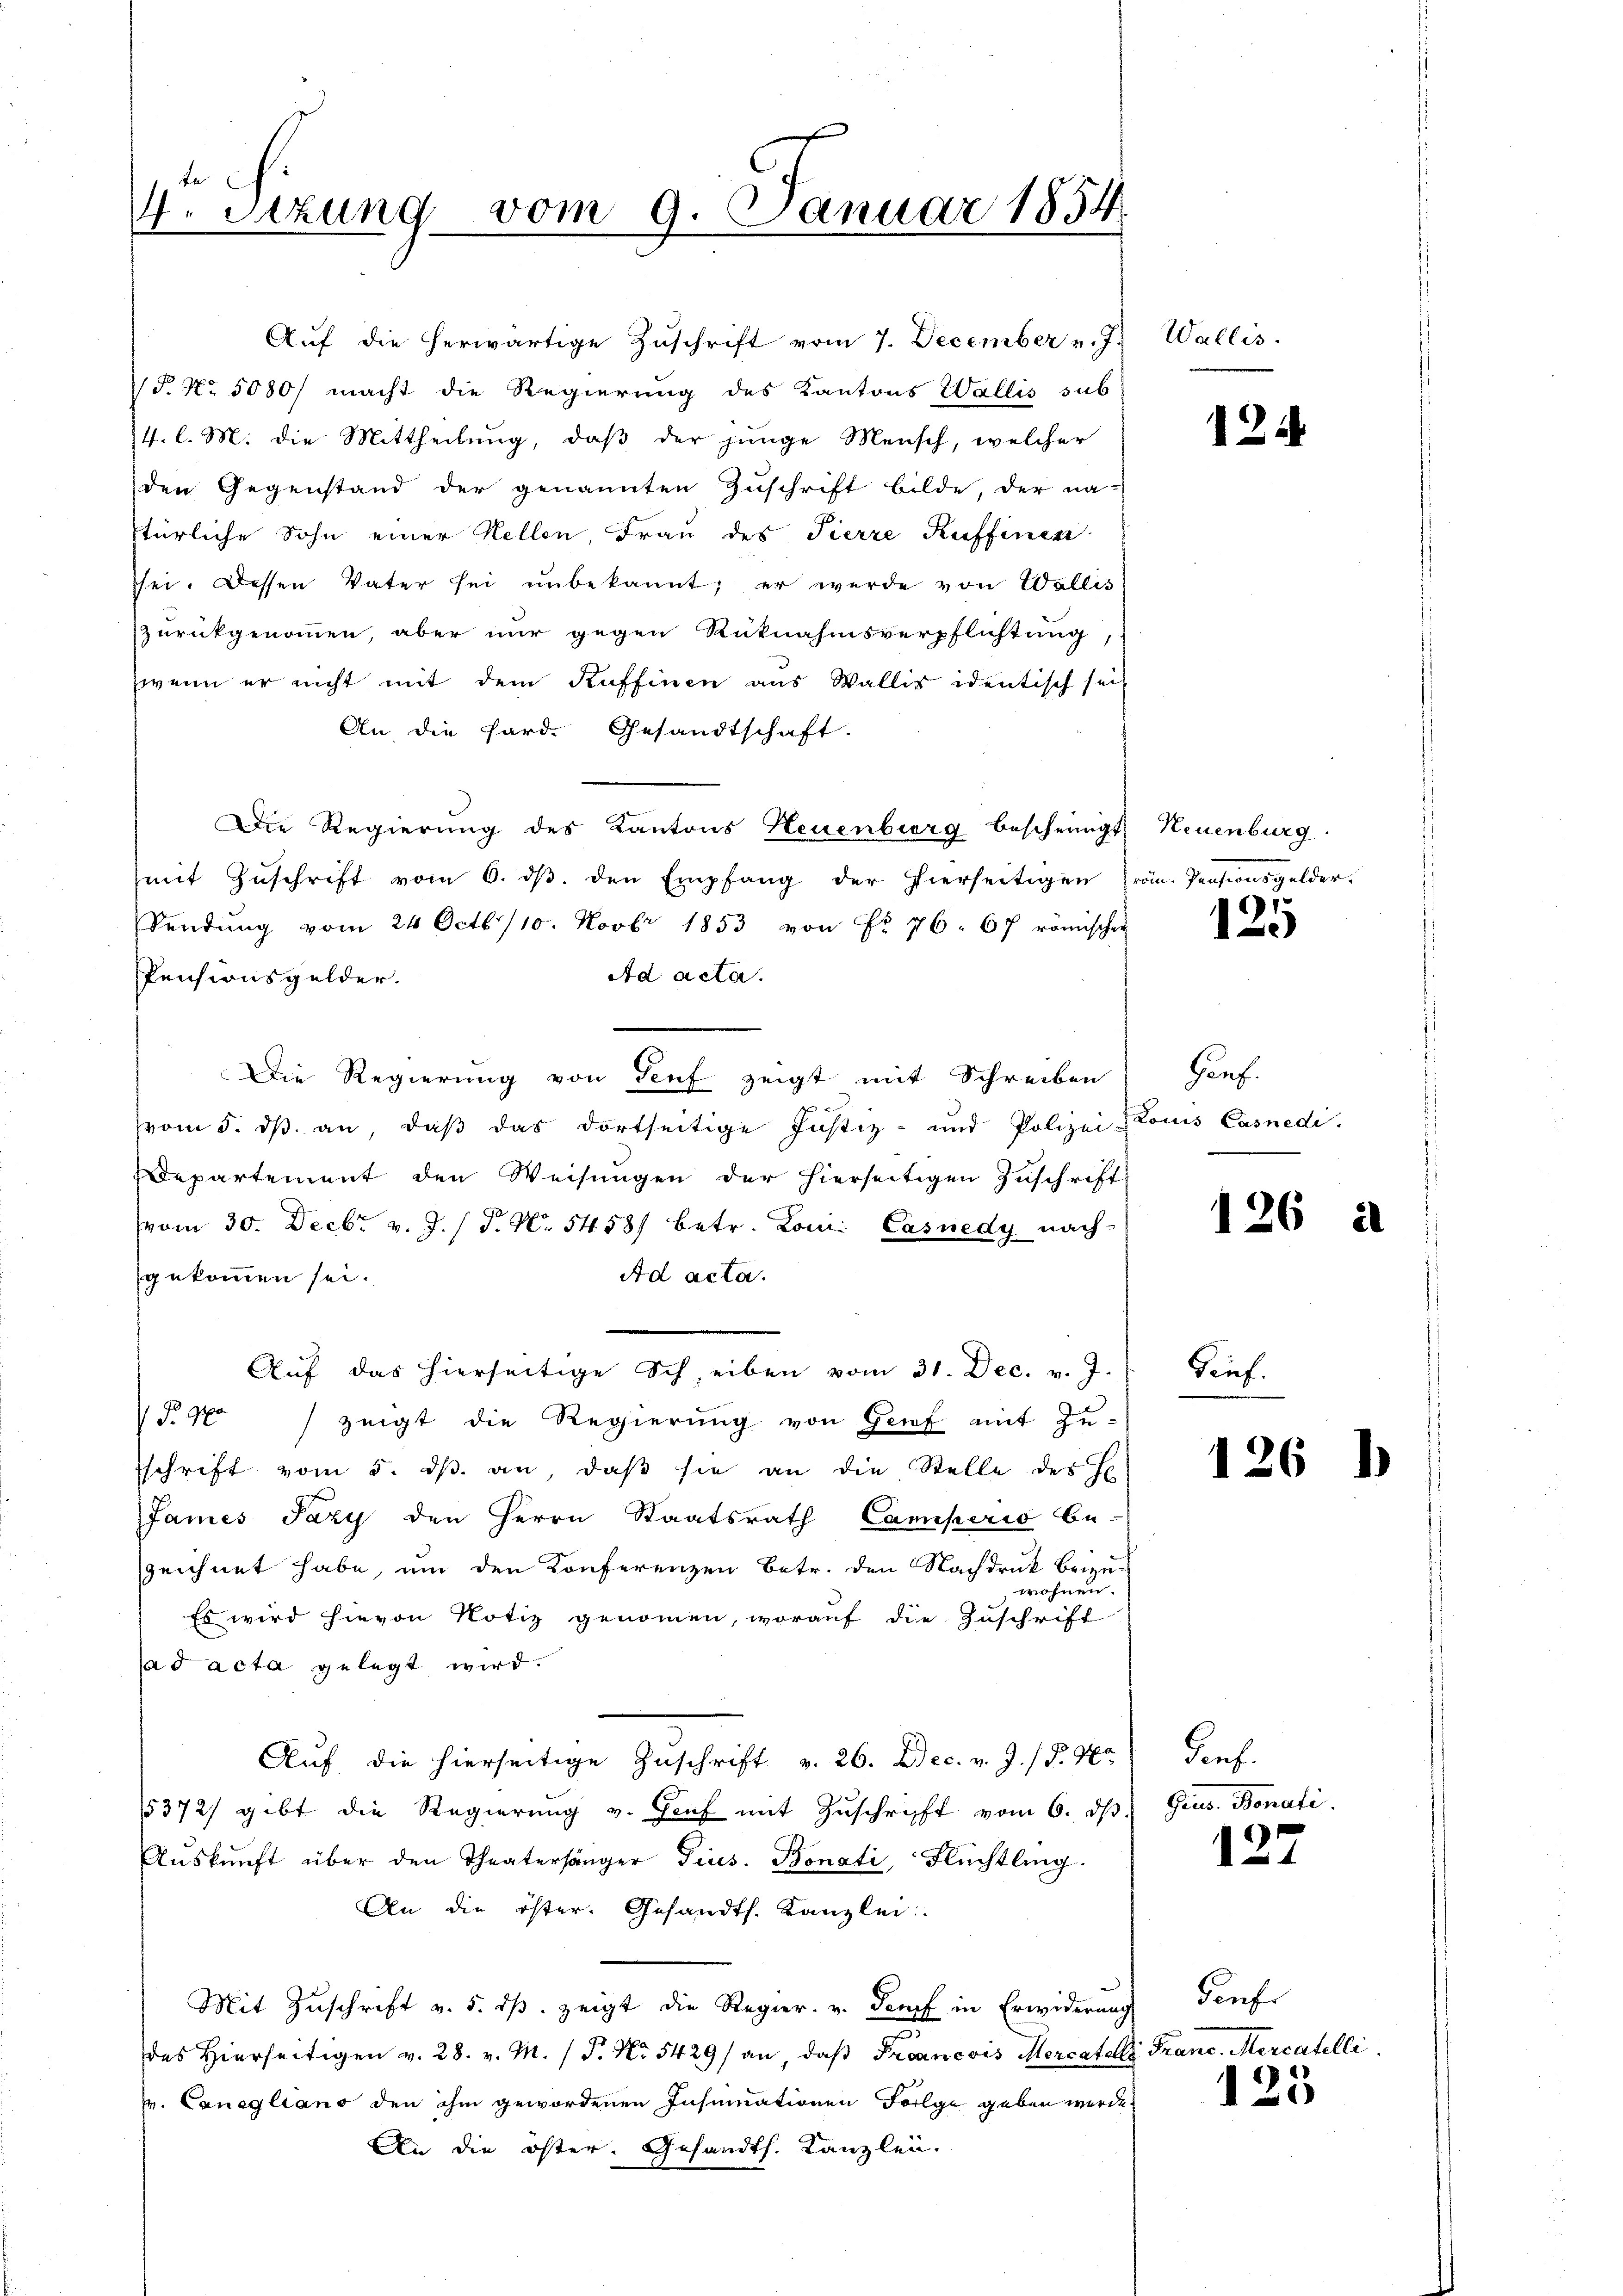
te
4. Sezung vom 9. Januar 1854.

Aŭf die herwärtige Zŭschrift vom 7. December u. 7.
P. Nr. 5080/ macht die Regierung des Kantons Wallis sub
4. l. M. die Mittheilung, daß der junge Mensch, welcher
den Gegenstand der genannten Zuschrift bilde, der naftürliche Sohn einer Kellen, Frau des Pierre Kuffinen
sei. Dessen Vater sei unbekannt; er werde von Wallis
zurückgenommen, aber nur gegen Rüknahmsverpflichtung,
wenn er nicht mit dem Kuffinen aus Wallis identisch sei
An die Pard. Gesandtschaft.
Die Regierung des Kantons Neuenburg bescheinigt
mit Zŭschrift vom 6. dβ. den Empfang der hierseitigen frän. Pensionsgelder¬
Sendŭng vom 24 Octb. 110. Novbr 1853 von Nr. 76. 67 römischen
Ad acta.
Pensionsgelder.
Die Regierung von Teuf zeigt mit Schreiben
vom 5. ds. an, daß das dortseitige Justiz- und Polizei Louis Casnedi
Departement den Weisŭngen der hierseitigen Zuschrift
vom 30. Decbr v. J. P. Nr. 5458) betr. Rom. Casnedy nach
gekommen sei.
Ad acta.
Aŭf das hierseitige Scheiben vom 31. Dec. v. J.
§ 40 zeigt die Regierŭng von Genf mit Zŭ-
sschrift vom 5. dβ. an, daβ sie an die Stelle des He
James Pazy den Herrn Staatsrath Camperio be-
zeichnet habe, um den Konferenzen Betr. den Nachdruck beizu-
wohnen.
Es wird hievon Notiz genommen, worauf die Zuschrift
Jad acta gelegt wird.
Auf die hierseitige Zuschrift v. 26. Dec. v. J. P. Nr.
15372) gibt die Regierung v. Genf mit Zuschrift vom 6. dβ.
Aŭskŭnft über den Theaterhänger Pius. Bonati, Flüchtling.
An die öster. Gesandth. Kanzlei
Mit Zŭschrift v. 5. dβ. zeigt die Regier. v. Senf in Erwiderung
des hierseitigen v. 28. v. M. P. Nr. 5429/ an daβ Froancois Mercatelle
r. Canegliano den ihm gewordenen Insinuationen Folge geben werde.
An die öster. Gesandth. Kanzlei.

Wallis.

12

Neuenburg

15
1

Genf.
—

Sief.

enf.
Geus. Bonati

126 a

126 b

127

Genfe
J. Trane. Mereutelli

125